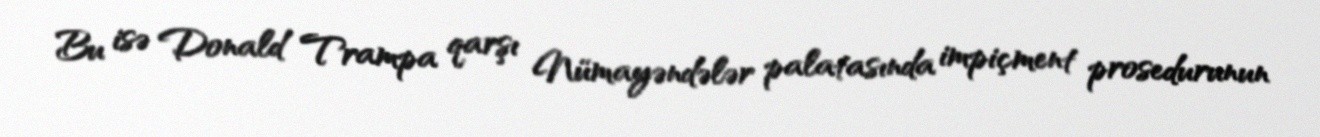
Bu isə Donald Trampa qarşı Nümayəndələr palatasında impiçment prosedurunun